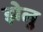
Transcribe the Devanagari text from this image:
झेलु